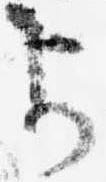
可